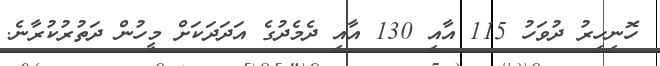
ހޮނިހިރު ދުވަހު 115 އާއި 130 އާއި ދެމެދުގެ އަދަދަކަށް މީހުން ދަތުރުުކުރާނެ.